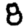
Digit: 8